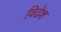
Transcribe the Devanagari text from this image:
विढेश